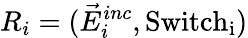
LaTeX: R_{i}=(\vec{E}_{i}^{inc},\mathrm{{Switch}_{i})}